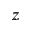
z